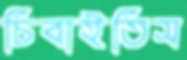
চিবাইতিস